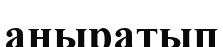
аңыратып